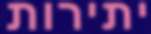
יתירות